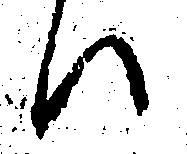
ハ